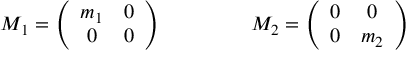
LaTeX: M _ { 1 } = \left( \begin{array} { c c } { { m _ { 1 } } } & { { 0 } } \\ { { 0 } } & { { 0 } } \end{array} \right) \ \ \ \ \ \ \ \ \ \ \ \ \ M _ { 2 } = \left( \begin{array} { c c } { { 0 } } & { { 0 } } \\ { { 0 } } & { { m _ { 2 } } } \end{array} \right)